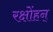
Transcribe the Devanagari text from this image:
रक्षोंहन्